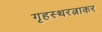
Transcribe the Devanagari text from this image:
गृहस्थरत्नाकर